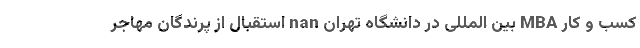
کسب و کار MBA بین المللی در دانشگاه تهران nan استقبال از پرندگان مهاجر